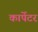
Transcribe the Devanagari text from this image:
कार्पेटर